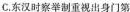
C.东汉时察举制重视出身门第